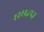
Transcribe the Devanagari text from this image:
१२१६८६३